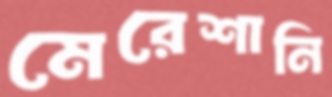
মেরেশানি